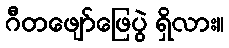
ဂီတဖျော်ဖြေပွဲ ရှိလား။